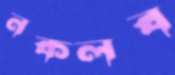
নকলব